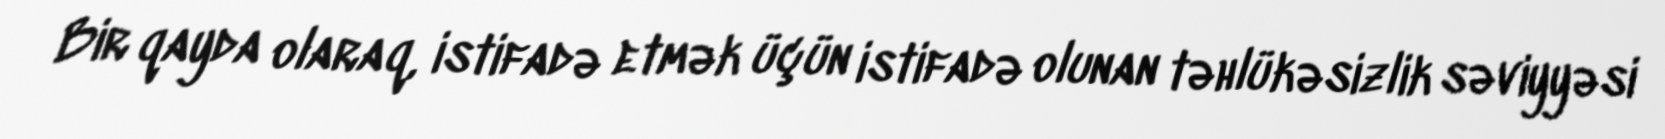
Bir qayda olaraq, istifadə etmək üçün istifadə olunan təhlükəsizlik səviyyəsi